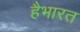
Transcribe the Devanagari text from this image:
हैभारत